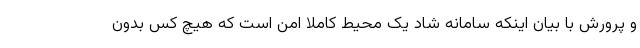
و پرورش با بیان اینکه سامانه شاد یک محیط کاملا امن است که هیچ کس بدون